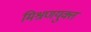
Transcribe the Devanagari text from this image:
मिश्रणयुक्त